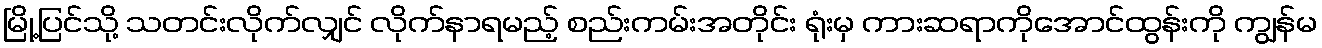
မြို့ပြင်သို့ သတင်းလိုက်လျှင် လိုက်နာရမည့် စည်းကမ်းအတိုင်း ရုံးမှ ကားဆရာကိုအောင်ထွန်းကို ကျွန်မ